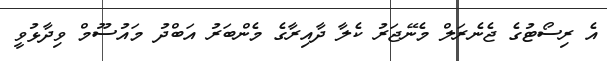
އެ ރިސޯޓުގެ ޖެނެރަލް މެނޭޖަރު ކެލާ ދާއިރާގެ މެންބަރު އަބްދު މައުސޫމް ވިދާޅުވީ